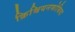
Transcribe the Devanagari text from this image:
क्रिश्चियनफोबिया